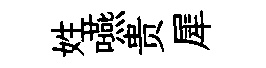
姓嚥贵犀